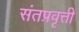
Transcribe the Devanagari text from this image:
संतप्रवृत्ती